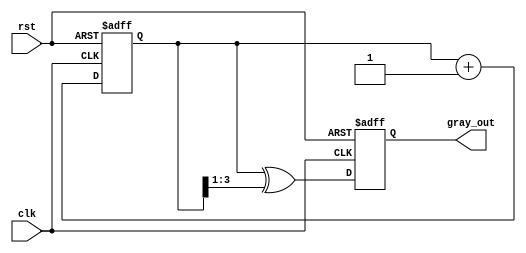
module gray_code_counter (
    input wire clk,          // Clock signal
    input wire rst,          // Asynchronous reset signal
    output reg [3:0] gray_out // Gray code output (4 bits)
);

    reg [3:0] bin_count; // Internal binary counter (4 bits)

    // Binary to Gray code conversion
    function [3:0] binary_to_gray;
        input [3:0] binary;
        begin
            binary_to_gray = binary ^ (binary >> 1);
        end
    endfunction

    // Always block for counting and Gray code conversion
    always @(posedge clk or posedge rst) begin
        if (rst) begin
            bin_count <= 4'b0000; // Reset binary counter to 0
            gray_out <= 4'b0000;  // Reset Gray code output to 0
        end else begin
            bin_count <= bin_count + 1; // Increment binary counter
            gray_out <= binary_to_gray(bin_count); // Convert to Gray code
        end
    end

endmodule